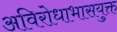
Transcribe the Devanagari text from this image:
अविरोधाभासयुक्त